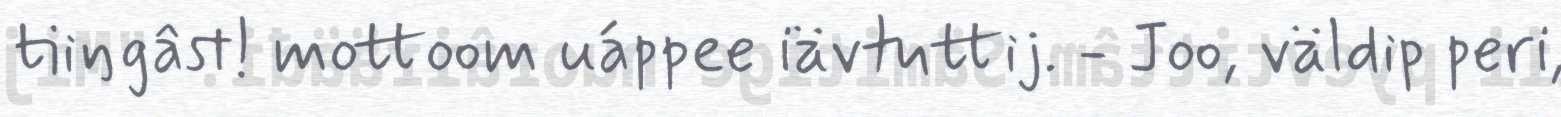
tiiŋgâst! mottoom uáppee iävtuttij. - Joo, väldip peri,